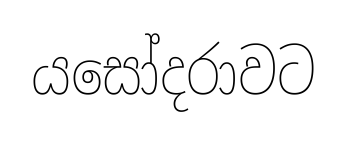
යසෝදරාවට